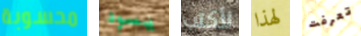
محسوبة يسود لأكتب لهذا تعرفت